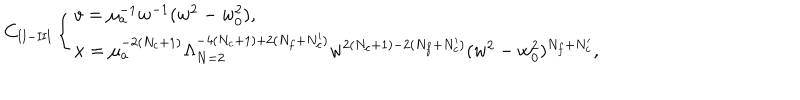
LaTeX: C _ { \mathrm { I I - I I I } } \left\{ \begin{array} { l } { { v = \mu _ { a } ^ { - 1 } w ^ { - 1 } ( w ^ { 2 } - w _ { 0 } ^ { 2 } ) , } } \\ { { x = \mu _ { a } ^ { - 2 ( N _ { c } + 1 ) } \Lambda _ { N = 2 } ^ { - 4 ( N _ { c } + 1 ) + 2 ( N _ { f } + N _ { c } ^ { \prime } ) } w ^ { 2 ( N _ { c } + 1 ) - 2 ( N _ { f } + N _ { c } ^ { \prime } ) } ( w ^ { 2 } - w _ { 0 } ^ { 2 } ) ^ { N _ { f } + N _ { c } ^ { \prime } } , } } \\ \end{array} \right.